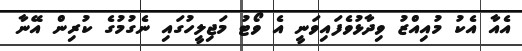
އެއާ އެކު މުއިއްޒު ވިދާޅުވެފައިވަނީ އެ ވޯޓު މަޖިލީހުގައި ނެގުމުގެ ކުރިން އޭނާ